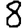
Digit: 8